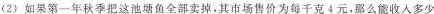
(2)如果第一年秋季把这池塘鱼全部卖掉，其市场售价为每千克4元，那么能收入多少